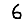
Digit: 6